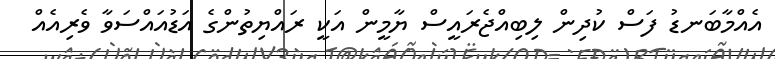
އެއްމާބަނޑު ފަސް ކުދިން ލިބިއްޖެރައީސް ޔާމީން އަކީ ރައްޔިތުންގެ އަޑުއައްސަވާ ވެރިއެއް